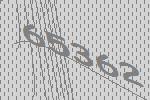
65362